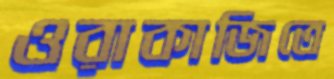
ওরাকাজিতে